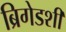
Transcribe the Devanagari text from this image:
ब्रिगेडशी